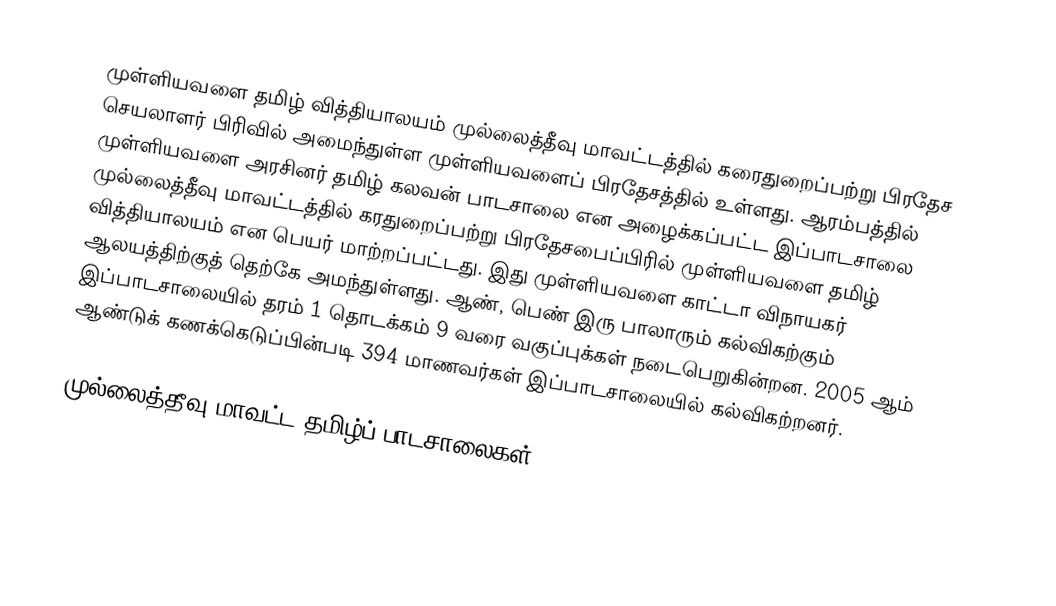
முள்ளியவளை தமிழ் வித்தியாலயம் முல்லைத்தீவு மாவட்டத்தில் கரைதுறைப்பற்று பிரதேச செயலாளர் பிரிவில் அமைந்துள்ள முள்ளியவளைப் பிரதேசத்தில் உள்ளது. ஆரம்பத்தில் முள்ளியவளை அரசினர் தமிழ் கலவன் பாடசாலை என அழைக்கப்பட்ட இப்பாடசாலை முல்லைத்தீவு மாவட்டத்தில் கரதுறைப்பற்று பிரதேசபைப்பிரில் முள்ளியவளை தமிழ் வித்தியாலயம் என பெயர் மாற்றப்பட்டது. இது முள்ளியவளை காட்டா விநாயகர் ஆலயத்திற்குத் தெற்கே அமந்துள்ளது. ஆண், பெண் இரு பாலாரும் கல்விகற்கும் இப்பாடசாலையில் தரம் 1 தொடக்கம் 9 வரை வகுப்புக்கள் நடைபெறுகின்றன. 2005 ஆம் ஆண்டுக் கணக்கெடுப்பின்படி 394 மாணவர்கள் இப்பாடசாலையில் கல்விகற்றனர்.

முல்லைத்தீவு மாவட்ட தமிழ்ப் பாடசாலைகள்